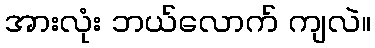
အားလုံး ဘယ်လောက် ကျလဲ။